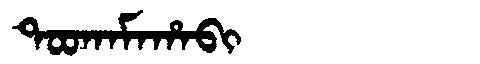
Manchu: ᡨᠣᠣᡴᠠᠮᠠᡥᠠᠪᡳ
Romanization: TOOKAMAHABI